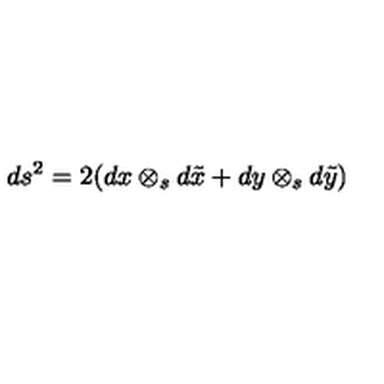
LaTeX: d s ^ { 2 } = 2 ( d x \otimes _ { s } d \tilde { x } + d y \otimes _ { s } d \tilde { y } )